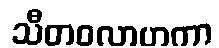
သီတဝလာဟကာ